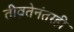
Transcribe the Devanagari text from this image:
तीव्रतेनंतरही